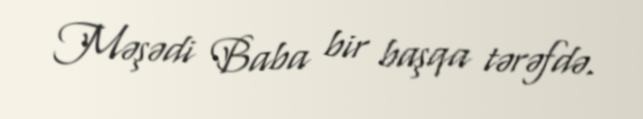
Məşədi Baba bir başqa tərəfdə.